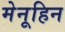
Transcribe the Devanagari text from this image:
मेनूहिन